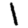
Digit: 1